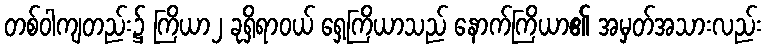
တစ်ဝါကျတည်း၌ ကြိယာ၂ ခုရှိရာဝယ် ရှေ့ကြိယာသည် နောက်ကြိယာ၏ အမှတ်အသားလည်း